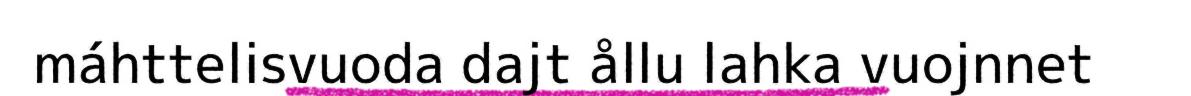
máhttelisvuoda dajt ållu lahka vuojnnet